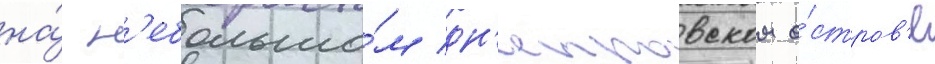
на́ н'ебольшо́м дн'епровском о́стров'е